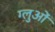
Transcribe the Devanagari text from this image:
ग्लुओं